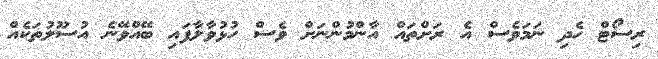
ރިސޯޓް ހެދި ނަމަވެސް އެ ރަށްތައް އާންމުންނަށް ވެސް ހުޅުވާލާފައި ބޭއްވޭނެ އުސޫލުތަކެއް